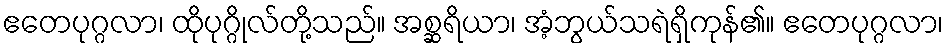
ဧတေပုဂ္ဂလာ၊ ထိုပုဂ္ဂိုလ်တို့သည်။ အစ္ဆရိယာ၊ အံ့ဘွယ်သရဲရှိကုန်၏။ ဧတေပုဂ္ဂလာ၊